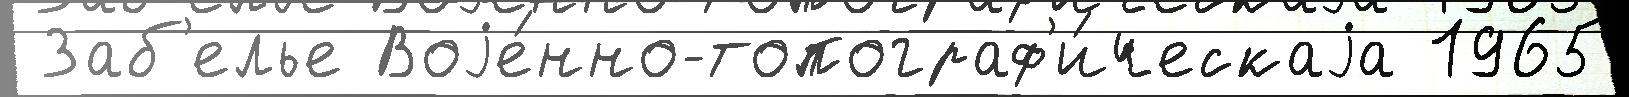
 Заб'елье Воjе́нно-топограф'и́ческаjа 1965